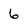
Character: 6